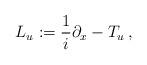
LaTeX: \begin{align*}L_u := \frac{1}{i} \partial_x - T_u \, , \end{align*}